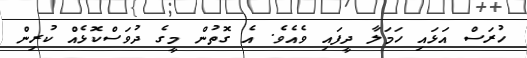
ހުރަސް އަޅައި ހަމަލާ ދީފައި ވެއެވެ. އެ ގޮތުން މީގެ ދުވަސްކޮޅެއް ކުރިން